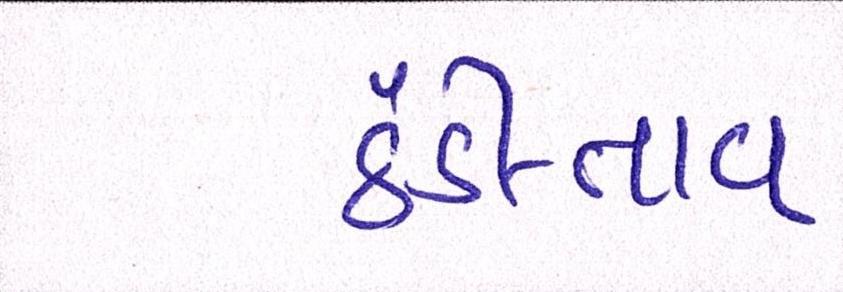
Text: ઠંડી-તાવ